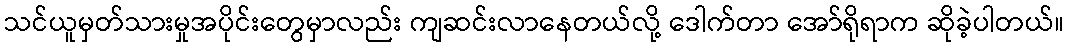
သင်ယူမှတ်သားမှုအပိုင်းတွေမှာလည်း ကျဆင်းလာနေတယ်လို့ ဒေါက်တာ အော်ရိုရာက ဆိုခဲ့ပါတယ်။